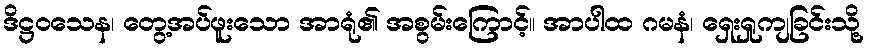
ဒိဋ္ဌဝသေန၊ တွေ့အပ်ဖူးသော အာရုံ၏ အစွမ်းကြောင့်။ အာပါထ ဂမနံ၊ ရှေးရှုကျခြင်းသို့